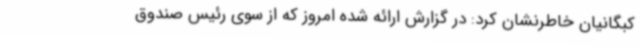
کبگانیان خاطرنشان کرد: در گزارش ارائه شده امروز که از سوی رئیس صندوق